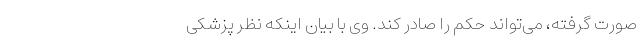
صورت گرفته، می‌تواند حکم را صادر کند. وی با بیان اینکه نظر پزشکی